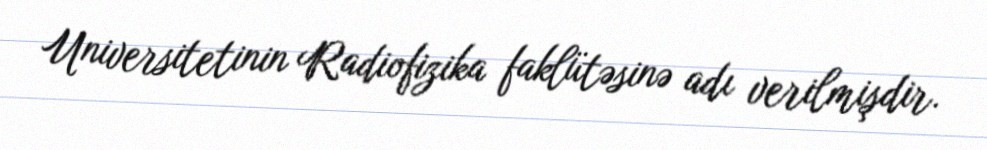
Universitetinin Radiofizika faklütəsinə adı verilmişdir.